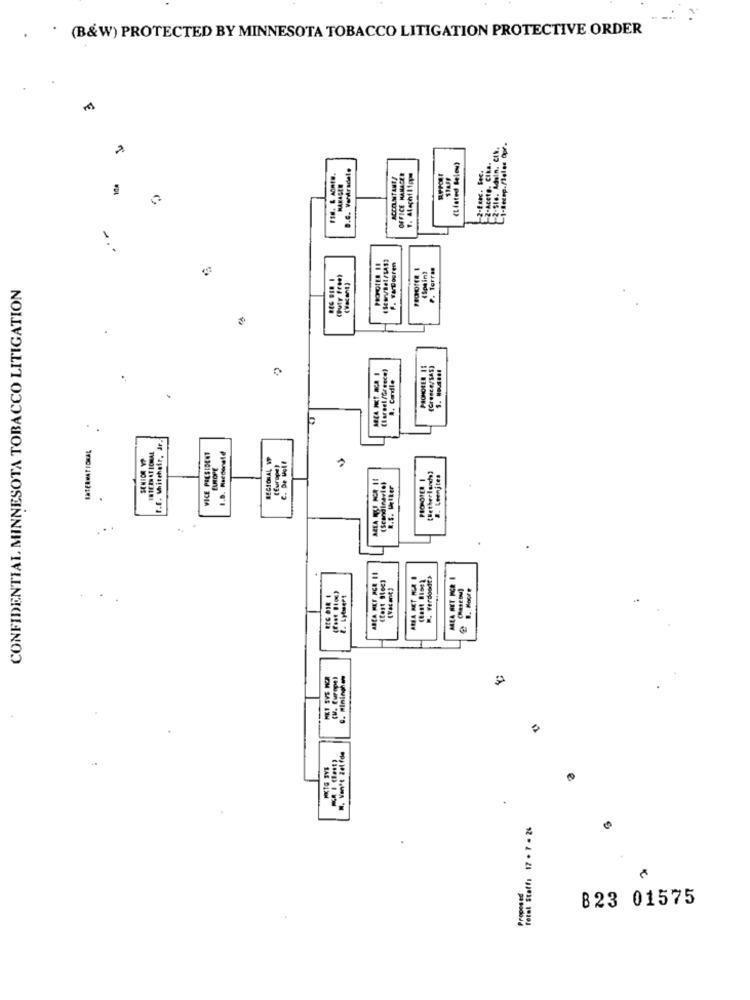
(B&W) PROTECTED BY MINNESOTA TOBACCO LITIGATION PROTECTIVE ORDER
-2-Sie. Adain. Čtk.
D.C. Vandradele
(Listed Below)
2-Ecc. Sec.
2-Aceto. CIRA.
ACCOUNTANT
OFFICE MAMACER
F. VADouren
P. Torras
(Duty Free)
CONFIDENTIAL MINNESOTA TOBACCO LITIGATION
(arsel /Greece)
PROHOFER 11
(Cresco/SAE)
A. Cardile
F.E. Whitehair, Jr.
VICE PRESIDENT
.D. Macdonald
REGIONAL W
EUROPE
C. De Wolf
AREA RUE FOR 11
[Retherlands!
2. Leenjtes
R.S. MIter
(tast 916c3
(East Bioe)
R. Verdoodt>
MEA HET RCR I
B. Moore
1. Lytmert
HKT EVS WOR
(. Europe
m. Won't Zelfde
.
foral Staff: 17 . 7 . 24
Proposed
823 01575